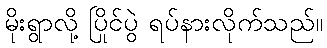
မိုးရွာလို့ ပြိုင်ပွဲ ရပ်နားလိုက်သည်။